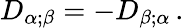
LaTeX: D_{\alpha;\beta}=-D_{\beta;\alpha}\, .